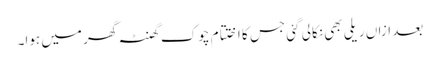
بعد ازاں ریلی بھی نکالی گئی جس کا اختتام چوک گھنٹہ گھر میں ہوا۔